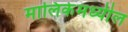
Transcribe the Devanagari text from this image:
मालिकेमध्यील